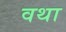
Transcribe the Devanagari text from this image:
वथा